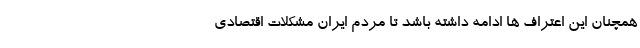
همچنان این اعتراف ها ادامه داشته باشد تا مردم ایران مشکلات اقتصادی